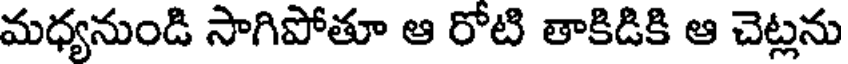
మధ్యనుండి సాగిపోతూ ఆ రోటి తాకిడికి ఆ చెట్లను